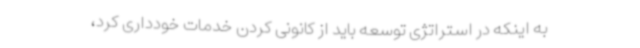
به اینکه در استراتژی توسعه باید از کانونی کردن خدمات خودداری کرد،